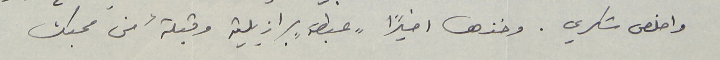
واخلص شكري. وخذها اخيراً "عبطة" برازيلية وقبلةً من محبك